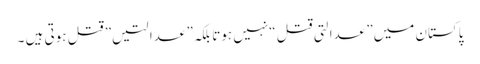
پاکستان میں” عدالتی قتل “نہیں ہوتا بلکہ” عدالتیں” قتل ہوتی ہیں ۔